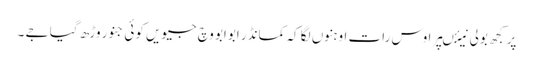
پر کجھ بولی نیئںپر اوس رات اوہنوں لگا کہ کمانڈر ابوابو وچ جیویں کوئی جنور وڑھ گیا جے ۔